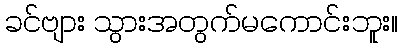
ခင်ဗျား သွားအတွက်မကောင်းဘူး။